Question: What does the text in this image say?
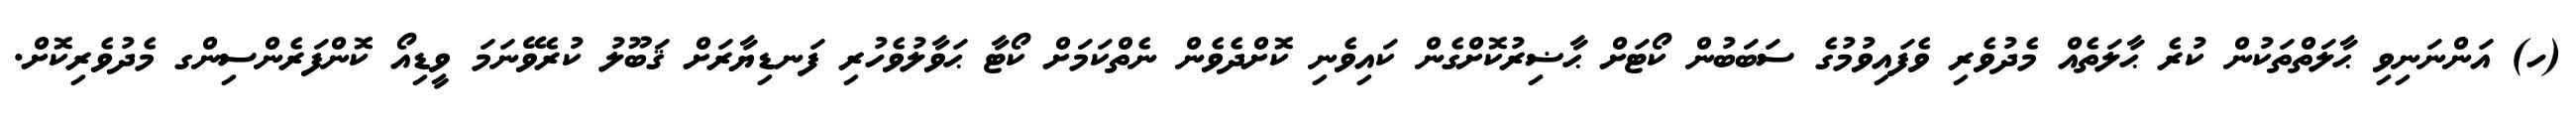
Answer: (ހ) އަންނަނިވި ޙާލަތްތަކުން ކުރެ ޙާލަތެއް މެދުވެރި ވެފައިވުމުގެ ސަބަބުން ކޯޓަށް ޙާޟިރުކޮށްގެން ކައިވެނި ކޮށްދެވެން ނެތްކަމަށް ކޯޓާ ޙަވާލުވެހުރި ފަނޑިޔާރަށް ޤަބޫލު ކުރެވޭނަމަ ވީޑިއޯ ކޮންފަރެންސިންގ މެދުވެރިކޮށް.